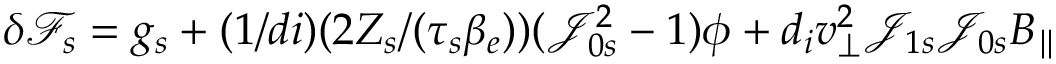
\delta { \mathcal F } _ { s } = g _ { s } + ( 1 / d i ) ( 2 Z _ { s } / ( \tau _ { s } \beta _ { e } ) ) ( \mathcal { J } _ { 0 s } ^ { 2 } - 1 ) \phi + d _ { i } v _ { \perp } ^ { 2 } \mathcal { J } _ { 1 s } \mathcal { J } _ { 0 s } B _ { \parallel }